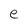
Character: e